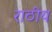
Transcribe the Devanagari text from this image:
राठीय